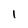
Character: 1